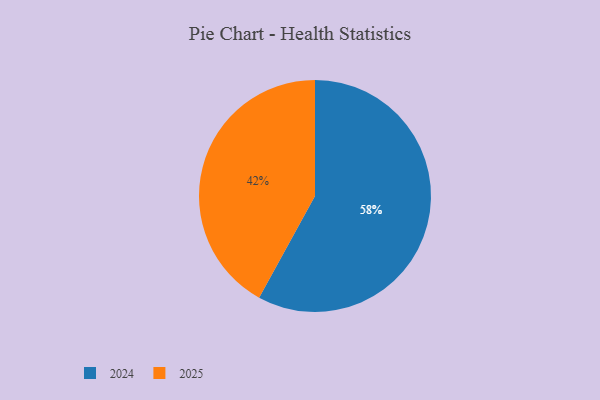
{"axis": {"x": "Category", "y": "Percentage"}, "legend": ["2024", "2025"], "data": [{"x": "2025", "y": 42, "type": "2025"}, {"x": "2024", "y": 58, "type": "2024"}]}